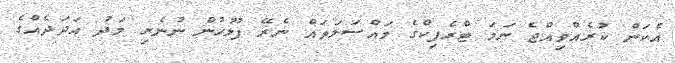
އެކަން ކުރެއްވިއްޖެ ނަމަ ޓްރެފިކްގެ މައްސަލަތައް ނެރޭ ފުލުހުން ނުނެރި މަދު އަދަދެއްގެ